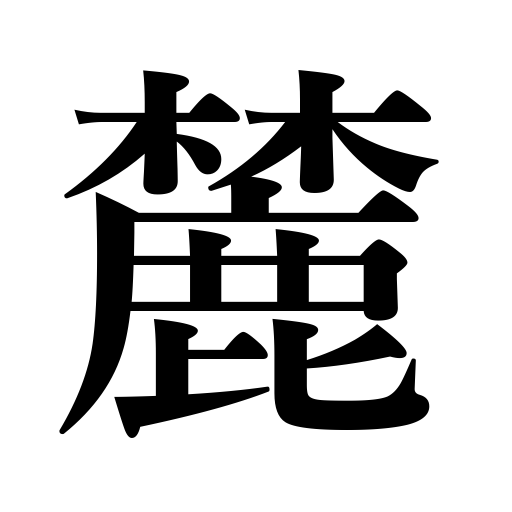
Meanings: foot of a mountain